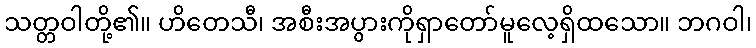
သတ္တဝါတို့၏။ ဟိတေသီ၊ အစီးအပွားကိုရှာတော်မူလေ့ရှိထသော။ ဘဂဝါ၊